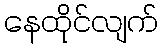
နေထိုင်လျက်